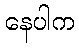
နေပါက